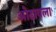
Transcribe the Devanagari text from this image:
ओढावला